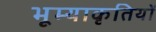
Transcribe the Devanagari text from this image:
भूम्याकृतियों